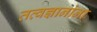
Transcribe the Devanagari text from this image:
तत्वज्ञानांना